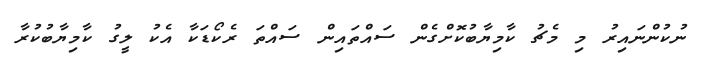
ނުކުންނައިރު މި މެޗު ކާމިޔާބުކޮށްގެން ސައްތައިން ސައްތަ ރެކޯޑަކާ އެކު ލީގު ކާމިޔާބުކުރާ